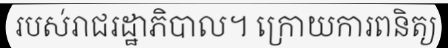
របស់រាជរដ្ឋាភិបាល។ ក្រោយការពនិត្យ